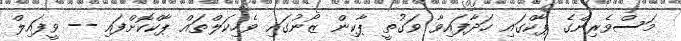
މަސްވެރިންގެ ޕާކްގައި ހަދާފައިވާ ވަގުތީ ޕާކިން ޒޯނުގައި ވެހިކަލްތައް ޕާކްކޮށްފައި -- ވީފައިލް